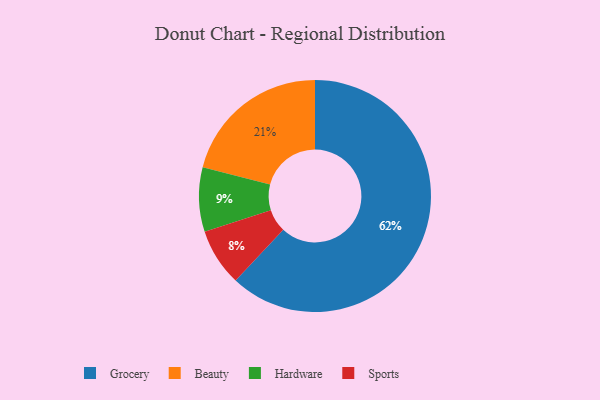
{"axis": {"x": "Category", "y": "Percentage"}, "legend": ["Beauty", "Grocery", "Hardware", "Sports"], "data": [{"x": "Sports", "y": 8, "type": "Sports"}, {"x": "Beauty", "y": 21, "type": "Beauty"}, {"x": "Hardware", "y": 9, "type": "Hardware"}, {"x": "Grocery", "y": 62, "type": "Grocery"}]}